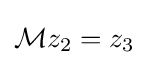
{\mathcal {M}}z_{2}=z_{3}